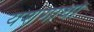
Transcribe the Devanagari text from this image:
यशगाथा